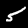
Label: 5